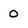
Character: 0